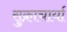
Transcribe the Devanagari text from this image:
सुक्राचार्या